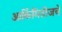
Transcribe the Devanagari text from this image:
आर्किमिडीजचे